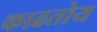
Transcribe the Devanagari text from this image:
काढतोय